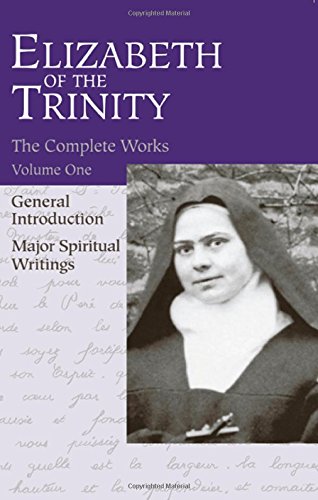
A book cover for Elizabeth of the Trinity THE COMPLETE WORKS, I have found GOD, Vol 1; Soeur Elisabeth de la Trinite; Christian Books & Bibles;